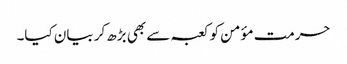
حرمت مؤمن کو کعبہ سے بھی بڑھ کر بیان کیا۔